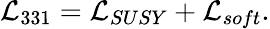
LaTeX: {\cal L}_{331}={\cal L}_{SUSY}+{\cal L}_{soft}.